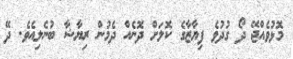
މޮޅުވެއްޖޭ ދޯ ގުދުވެ ފިޔާޒާގެ ކޮލަށް ދޮނެއް ދެމުން ރިޔާޝާ ބުނެލިއެވެ. ދޭ